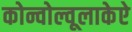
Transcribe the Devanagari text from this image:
कोन्वोल्वूलाकेऐ